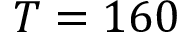
T = 1 6 0